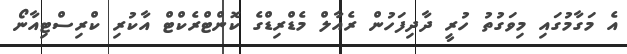
އެ މަގާމުގައި މިވަގުތު ހުރީ ދާދިފަހުން ރެއާލް މެޑްރިޑްގެ ކޮންޓްރެކްޓް އާކުރި ކްރިސްޓިއާނޯ